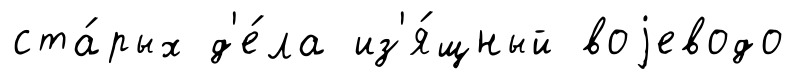
ста́рых д'е́ла из'я́щный воjеводо